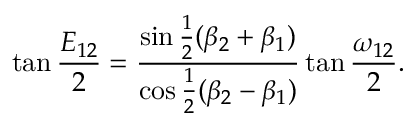
\tan { \frac { E _ { 1 2 } } { 2 } } = { \frac { \sin { \frac { 1 } { 2 } } ( \beta _ { 2 } + \beta _ { 1 } ) } { \cos { \frac { 1 } { 2 } } ( \beta _ { 2 } - \beta _ { 1 } ) } } \tan { \frac { \omega _ { 1 2 } } { 2 } } .